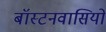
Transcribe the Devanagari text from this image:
बॉस्टनवासियों